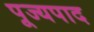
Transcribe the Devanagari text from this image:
पूज्‍यपाद